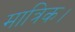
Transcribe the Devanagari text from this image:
मात्रिक।